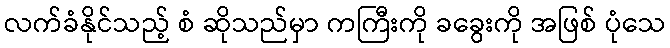
လက်ခံနိုင်သည့် စံ ဆိုသည်မှာ ကကြီးကို ခခွေးကို အဖြစ် ပုံသေ